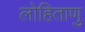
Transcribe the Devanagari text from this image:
लोहिताणु